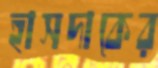
হাসদাকের